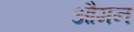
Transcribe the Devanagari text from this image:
औमन